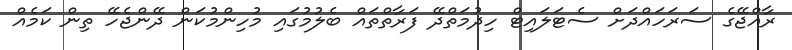
ރާއްޖޭގެ ސަރަހައްދަށް ސެޓަލައިޓް ހިދުމަތްދޭ ފަރާތްތައް ބެލުމުގައި މުހިންމުކަން ދޭންޖެހޭ ތިން ކަމެއް